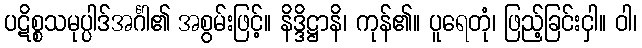
ပဋိစ္စသမုပ္ပါဒ်အင်္ဂါ၏ အစွမ်းဖြင့်။ နိဒ္ဒိဋ္ဌာနိ၊ ကုန်၏။ ပူရေတုံ၊ ဖြည့်ခြင်းငှါ။ ဝါ၊